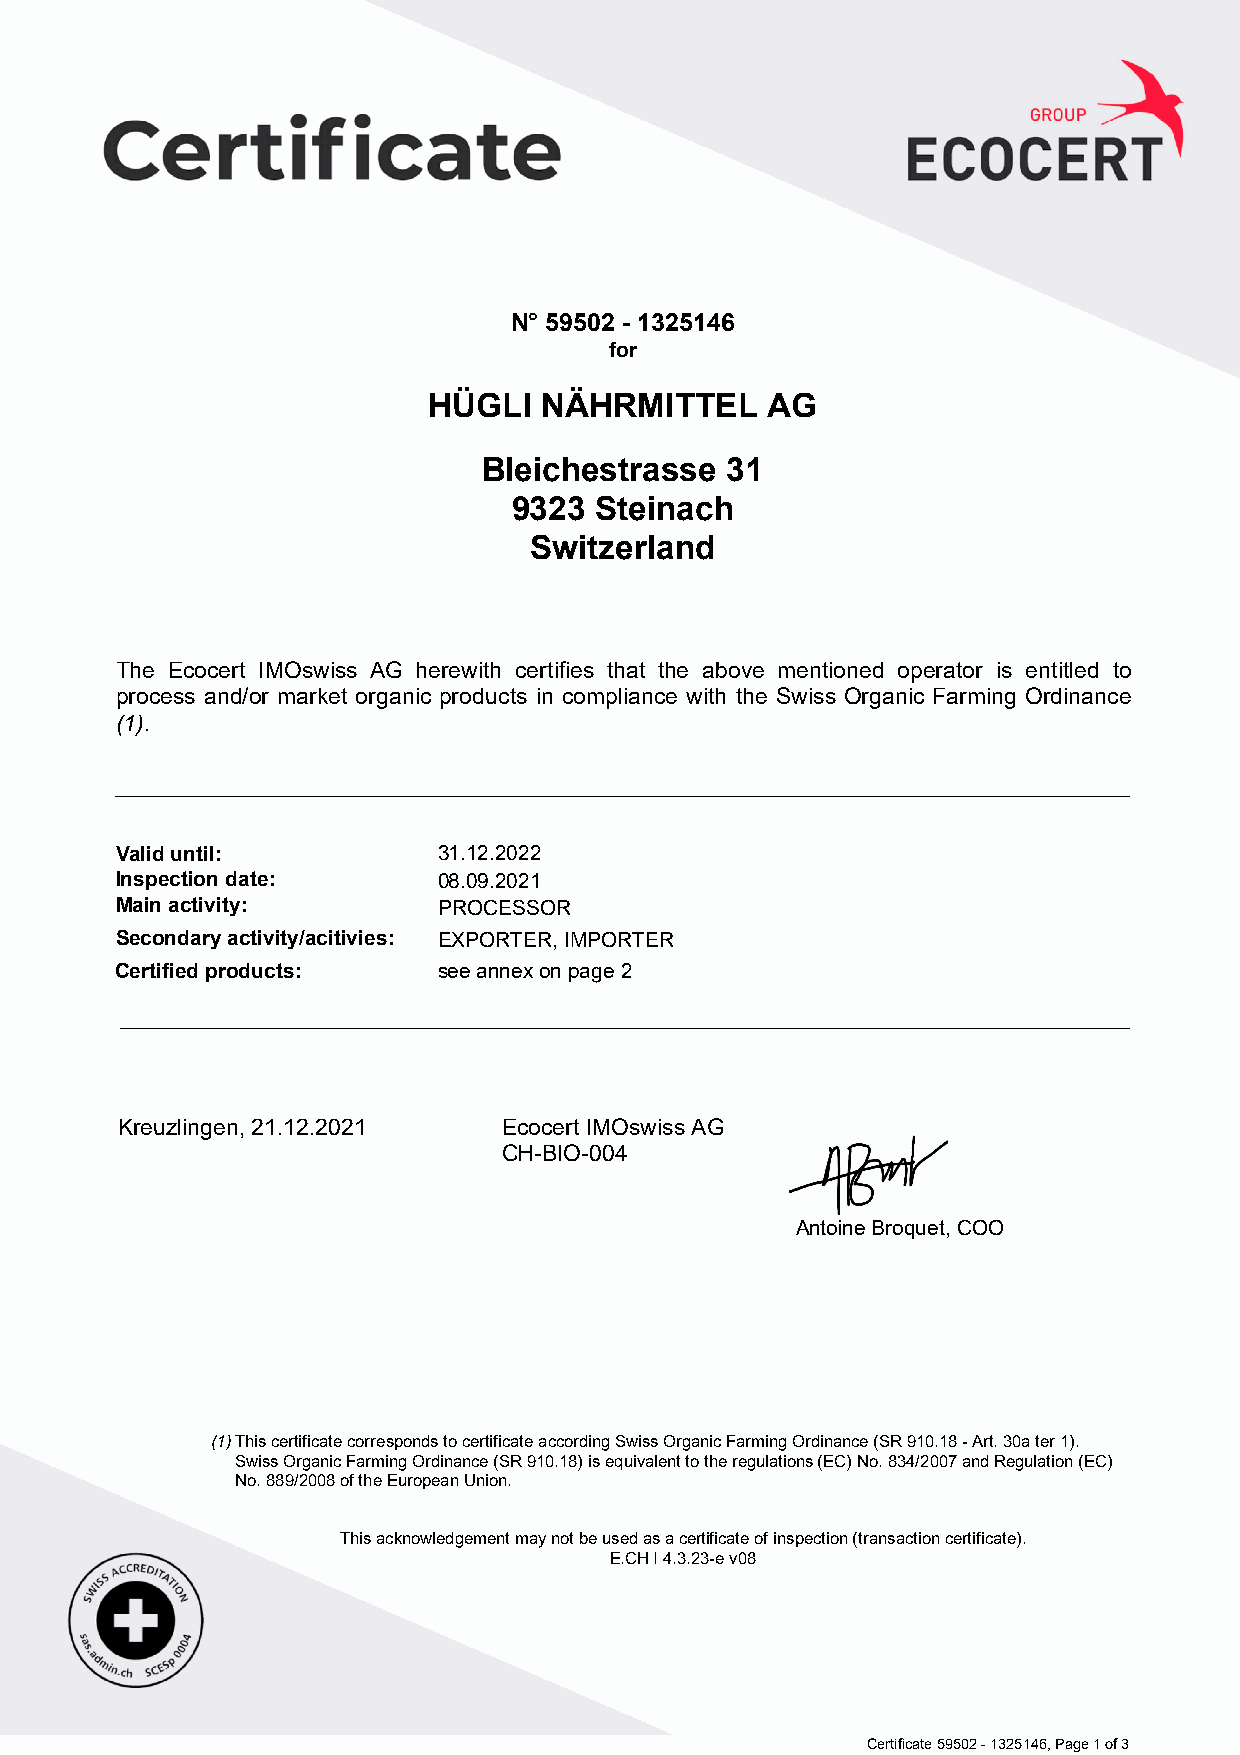
N° 59502 - 1325146
 for
 HÜGLI   NÄHRMITTEL     AG
 Bleichestrasse  31
 9323 Steinach
 Switzerland
 The Ecocert IMOswiss AG herewith certifies that the above mentioned operator is entitled to
 process and/or market organic products in compliance with the Swiss Organic Farming Ordinance
 (1).
 Valid until:         31.12.2022
 Inspection date:     08.09.2021
 Main activity:       PROCESSOR
 Secondary activity/acitivies: EXPORTER, IMPORTER
 Certified products:  see annex on page 2
 Kreuzlingen, 21.12.2021  Ecocert IMOswiss AG
 CH-BIO-004
 Antoine Broquet, COO
 (1)This certificate corresponds to certificate according Swiss Organic Farming Ordinance (SR 910.18 - Art. 30a ter 1).
 Swiss Organic Farming Ordinance (SR 910.18) is equivalent to the regulations (EC) No. 834/2007 and Regulation (EC)
 No. 889/2008 of the European Union.
 This acknowledgement may not be used as a certificate of inspection (transaction certificate).
 E.CH I 4.3.23-e v08
 Certificate 59502 - 1325146, Page 1 of 3